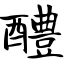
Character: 醴